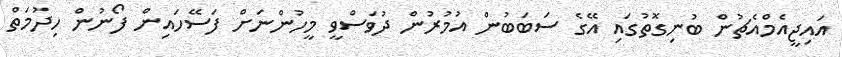
އައިޖީއެމްއެޗުން ބުނިގޮތުގައި އޭގެ ސަބަބުން އުމުރުން ދުވަސްވީ މީހުންނަށް ފަސޭހައިން ފޯނުން ހިދުމަތް